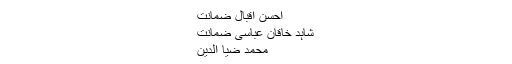
احسن اقبال ضمانت
شاہد خاقان عباسی ضمانت
محمد ضیا الدین